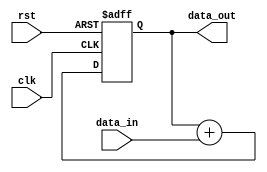
module PipelineAccumulator (
    input wire clk,
    input wire rst,
    input wire [31:0] data_in,
    output reg [31:0] data_out
);

reg [31:0] accum;

always @(posedge clk or posedge rst) begin
    if (rst) begin
        accum <= 0;
    end else begin
        accum <= accum + data_in;
    end
end

assign data_out = accum;

endmodule